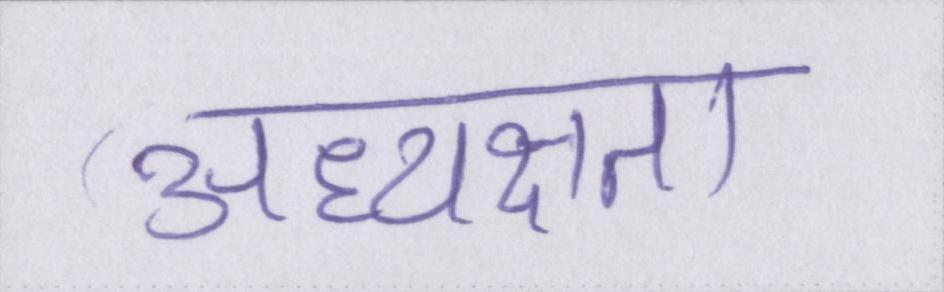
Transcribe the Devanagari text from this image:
अध्यक्षता